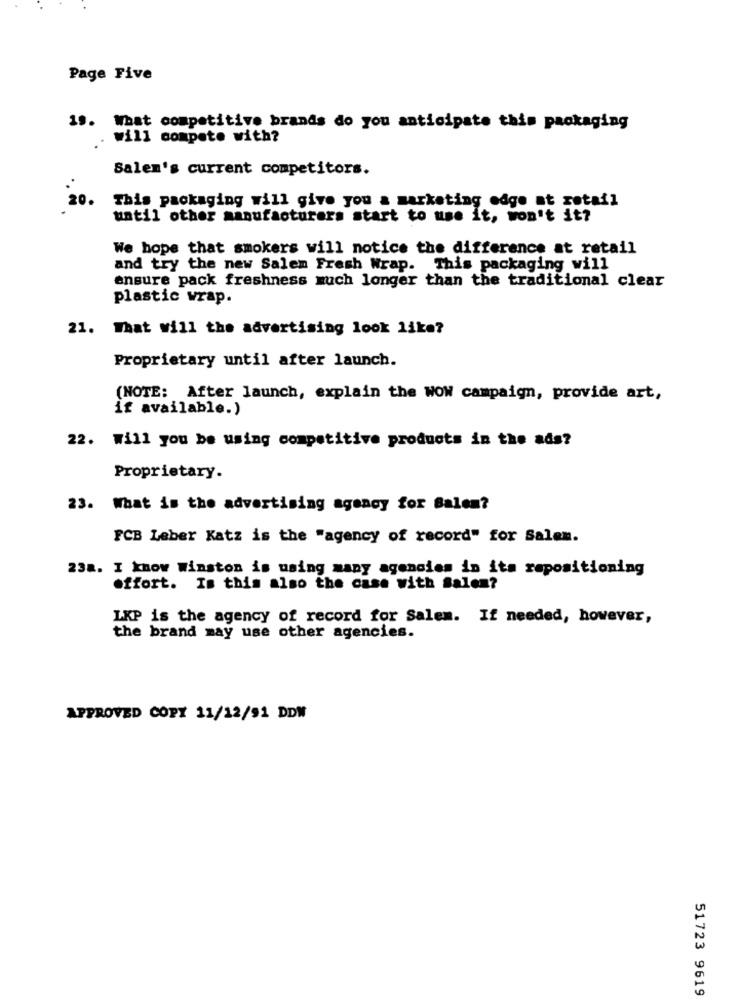
Page Five
19. What competitive brands do you anticipate this packaging
Will compete with?
Salem's current competitors.
20.
This packaging will give you a marketing edge at retail
until other manufacturers start to use it, won't it?
We hope that smokers will notice the difference at retail
and try the new Salem Fresh Wrap. This packaging will
ensure pack freshness much longer than the traditional clear
plastic wrap.
21. What will the advertising look like?
Proprietary until after launch.
(NOTE: After launch, explain the WOW campaign, provide art,
if available.)
22. will you be using competitive products in the ads?
Proprietary.
23. What is the advertising agency for Balen?
FCB Leber Katz is the "agency of record" for Salem.
238. I know Winston is using many agencies in its repositioning
effort. Is this also the case with Salen?
LKP is the agency of record for Salem. If needed, however,
the brand may use other agencies.
APPROVED COPY 11/12/91 DDM
51723 9619